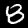
Digit: 8